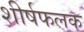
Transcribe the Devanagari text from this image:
शीर्षफलक